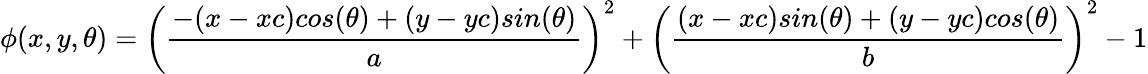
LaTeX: \phi(x,y,\theta)=\left(\frac{-(x-xc)cos(\theta)+(y-yc)sin(\theta)}{a}\right)^{2}+\left(\frac{(x-xc)sin(\theta)+(y-yc)cos(\theta)}{b}\right)^{2}-1